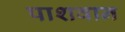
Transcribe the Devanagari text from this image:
पाशवान